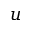
u